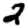
Digit: 2